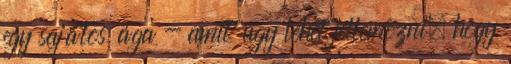
egy sajátos ága - amit úgy lehet jellemezni, hogy